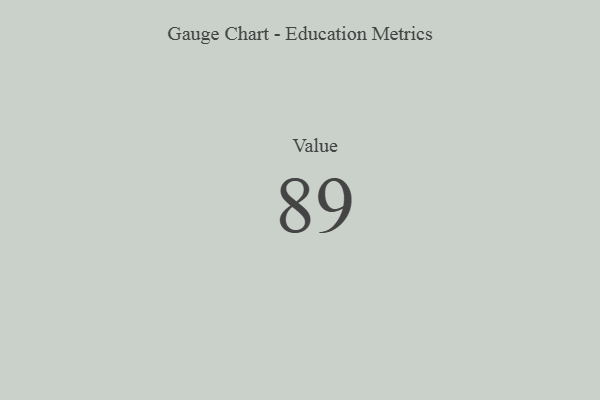
{"axis": {"x": "Metric", "y": "Value"}, "legend": [""], "data": [{"x": "Value", "y": 89, "type": ""}]}